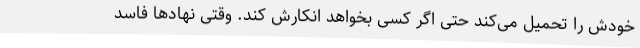
خودش را تحمیل می‌کند حتی اگر کسی بخواهد انکارش کند. وقتی نهادها فاسد